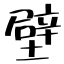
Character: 壁